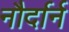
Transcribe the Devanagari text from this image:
नौर्दार्न